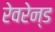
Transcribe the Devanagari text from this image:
रेवरेन्ड